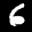
Label: 6